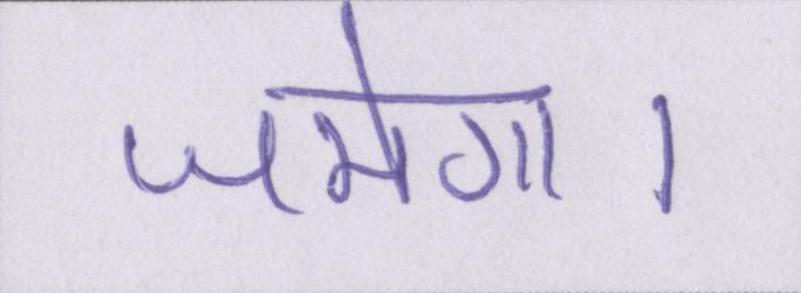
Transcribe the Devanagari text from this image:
जमेगा।